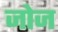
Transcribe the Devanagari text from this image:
जोज